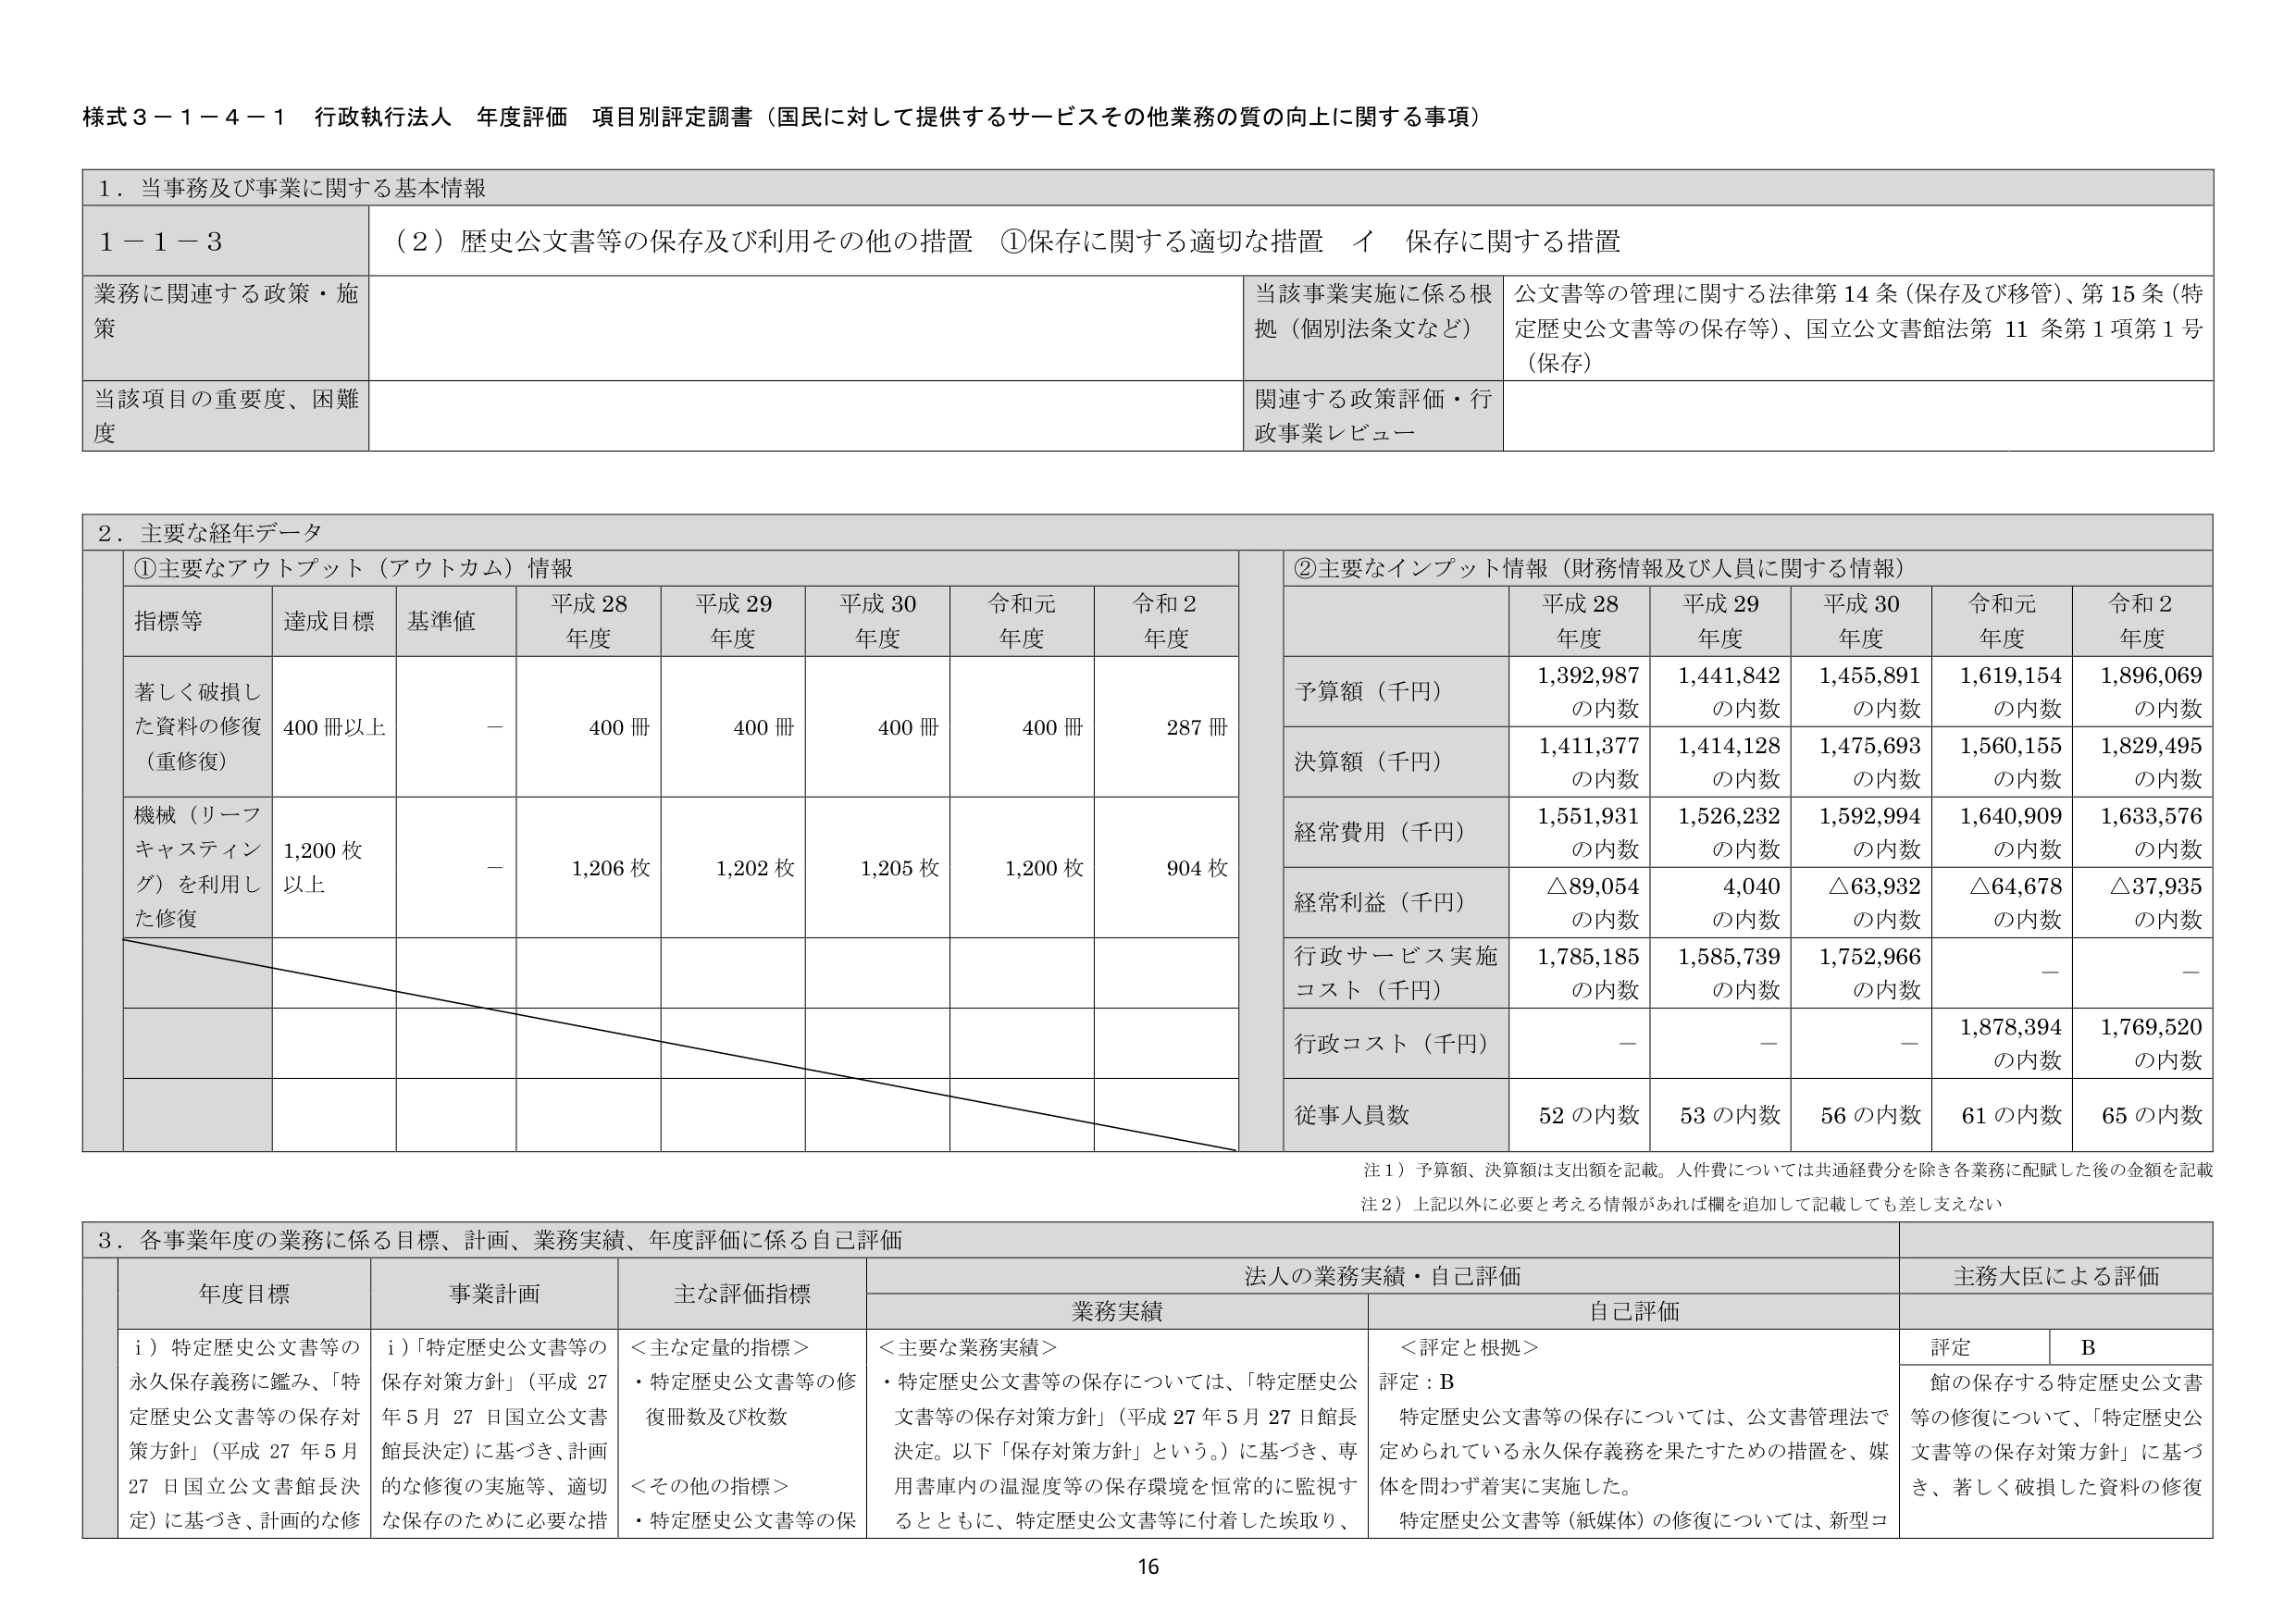
様式３－１－４－１ 行政執行法人 年度評価 項目別評定調書（国民に対して提供するサービスその他業務の質の向上に関する事項）

１．当事務及び事業に関する基本情報

１－１－３ （２）歴史公文書等の保存及び利用その他の措置 ①保存に関する適切な措置 イ 保存に関する措置

業務に関連する政策・施策
当該事業実施に係る根拠（個別法条文など）
公文書等の管理に関する法律第14条（保存及び移管）、第15条（特定歴史公文書等の保存等）、国立公文書館法第11条第1項第1号（保存）

当該項目の重要度、困難度
関連する政策評価・行政事業レビュー

２．主要な経年データ

①主要なアウトプット（アウトカム）情報

指標等 達成目標 基準値 平成28年度 平成29年度 平成30年度 令和元年度 令和2年度
著しく破損した資料の修復（重修復） 400冊以上 － 400冊 400冊 400冊 400冊 287冊
機械（リーフキャスティング）を利用した修復 1,200枚以上 － 1,206枚 1,202枚 1,205枚 1,200枚 904枚

②主要なインプット情報（財務情報及び人員に関する情報）

予算額（千円） 平成28年度 平成29年度 平成30年度 令和元年度 令和2年度
1,392,987 の内数 1,441,842 の内数 1,455,891 の内数 1,619,154 の内数 1,896,069 の内数
決算額（千円） 1,411,377 の内数 1,414,128 の内数 1,475,693 の内数 1,560,155 の内数 1,829,495 の内数
経常費用（千円） 1,551,931 の内数 1,526,232 の内数 1,592,994 の内数 1,640,909 の内数 1,633,576 の内数
経常利益（千円） △89,054 の内数 4,040 の内数 △63,932 の内数 △64,678 の内数 △37,935 の内数
行政サービス実施コスト（千円） 1,785,185 の内数 1,585,739 の内数 1,752,966 の内数 － －
行政コスト（千円） － － － 1,878,394 の内数 1,769,520 の内数
従事人員数 52の内数 53の内数 56の内数 61の内数 65の内数

注１）予算額、決算額は支出額を記載。人件費については共通経費分を除き各業務に配賦した後の金額を記載
注２）上記以外に必要と考える情報があれば欄を追加して記載しても差し支えない

３．各事業年度の業務に係る目標、計画、業務実績、年度評価に係る自己評価

年度目標 事業計画 主な評価指標 法人の業務実績・自己評価 主務大臣による評価
業務実績 自己評価 評定 B
i）特定歴史公文書等の永久保存義務に鑑み、「特定歴史公文書等の保存対策方針」（平成27年5月27日国立公文書館長決定）に基づき、計画的な修復の実施等、適切な保存のために必要な措 i）「特定歴史公文書等の保存対策方針」（平成27年5月27日国立公文書館長決定）に基づき、計画的な修復の実施等、適切な保存のために必要な措 ＜主な定量的指標＞
・特定歴史公文書等の修復冊数及び枚数
＜その他の指標＞
・特定歴史公文書等の保 ＜主要な業務実績＞
・特定歴史公文書等の保存については、「特定歴史公文書等の保存対策方針」（平成27年5月27日館長決定。以下「保存対策方針」という。）に基づき、専用書庫内の温湿度等の保存環境を恒常的に監視するとともに、特定歴史公文書等に付着した埃取り、 評定：B
特定歴史公文書等の保存については、公文書管理法で定められている永久保存義務を果たすための措置を、媒体を問わず着実に実施した。
特定歴史公文書等（紙媒体）の修復については、新型コ 館の保存する特定歴史公文書等の修復について、「特定歴史公文書等の保存対策方針」に基づき、著しく破損した資料の修復

16